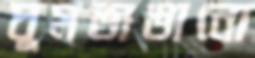
ঘুমভাঙানো